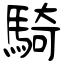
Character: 騎